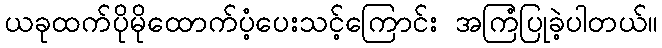
ယခုထက်ပိုမိုထောက်ပံ့ပေးသင့်ကြောင်း အကြံပြုခဲ့ပါတယ်။